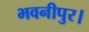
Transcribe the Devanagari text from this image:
भवनीपुर।